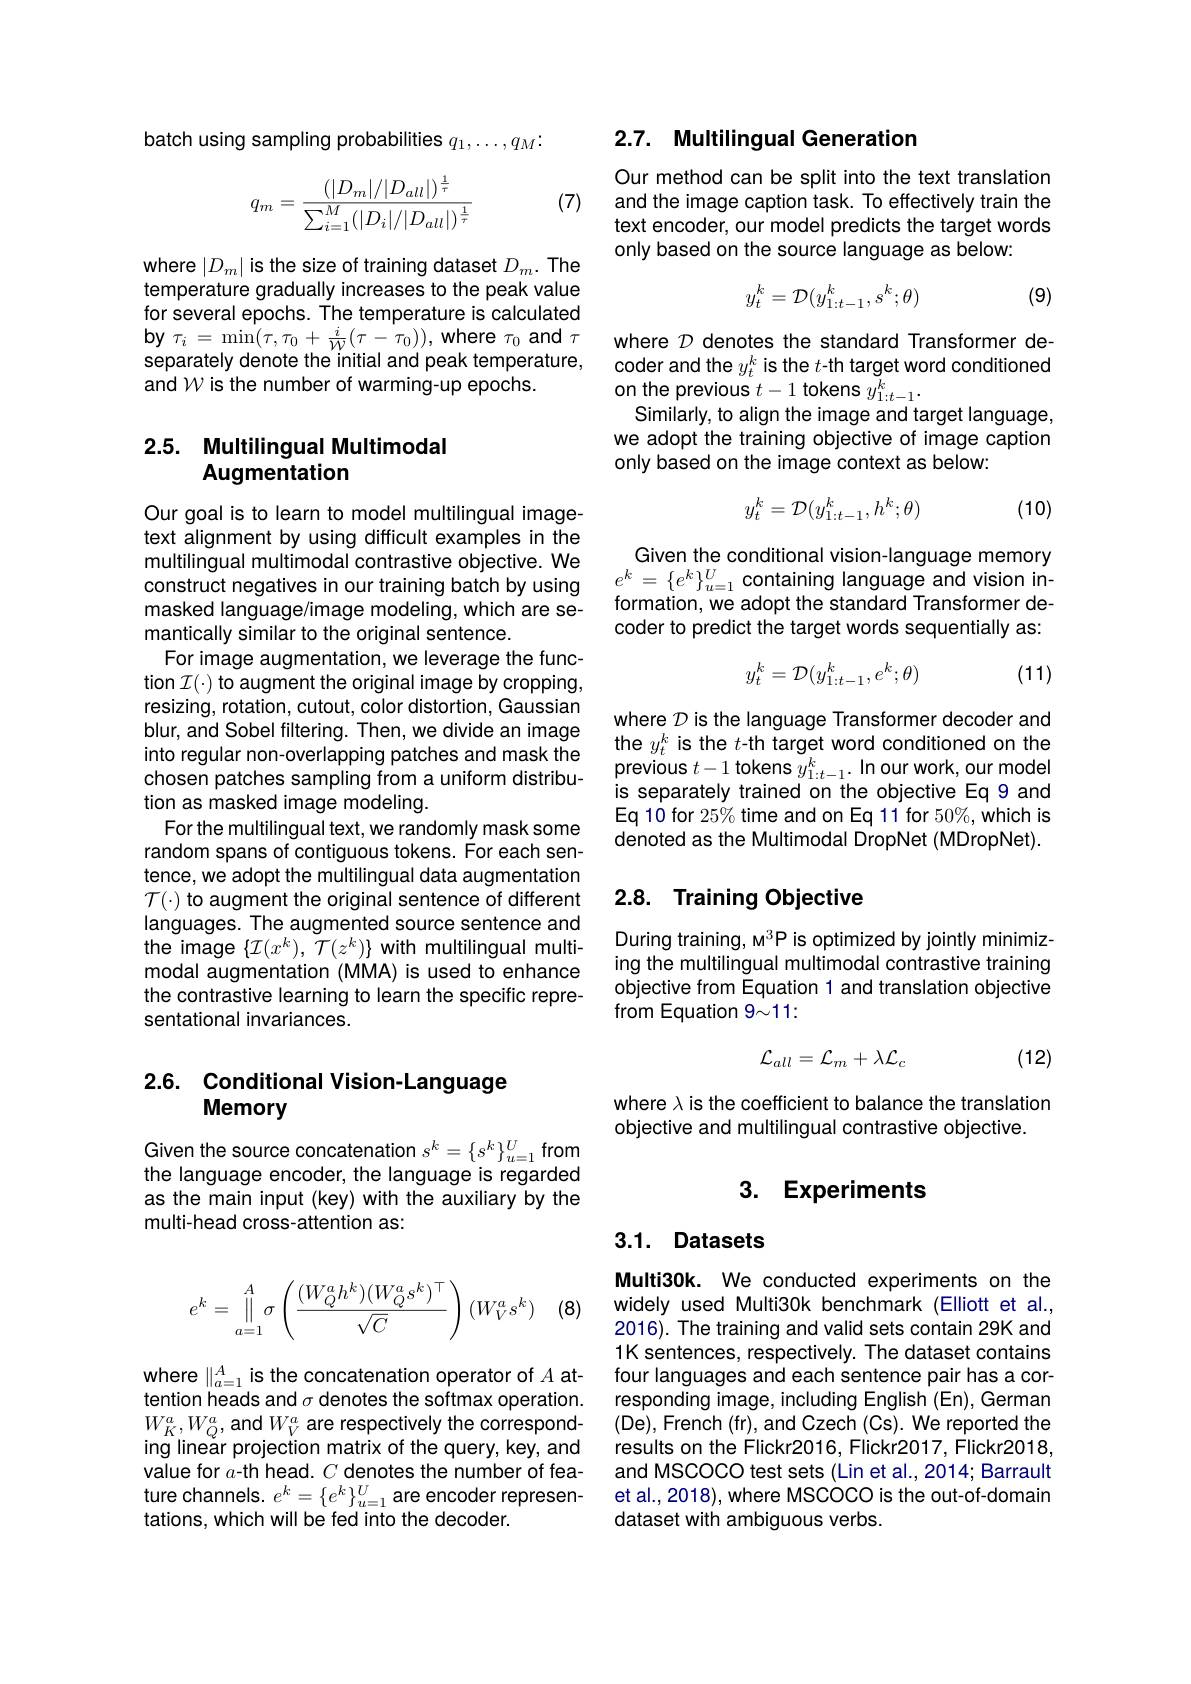
batch using sampling probabilities $q_1,\ldots,q_M:$

(7)
$$q_m=\frac{(|D_m|/|D_{all}|)^{\frac{1}{\tau}}}{\sum_{i=1}^M(|D_i|/|D_{all}|)^{\frac{1}{\tau}}}$$
where $|D_m|$ is the size of training dataset $D_m.$ The temperature gradually increases to the peak value for several epochs. The temperature is calculated $\mathbf{by}$ $\tau _{i}$ = $\min ( \tau , \tau _{0}$ + $\frac i{\mathcal{W} }( \tau$ - $\tau _{0}) ) $,where $\tau_{0}$and $\tau$ separately denote the initial and peak temperature, and $\mathcal{W}$ is the number of warming-up epochs.

## 2.5. Multilingual Multimodal Augmentation

Our goal is to learn to model multilingual imagetext alignment by using difficult examples in the multilingual multimodal contrastive objective. We construct negatives in our training batch by using masked language/image modeling, which are semantically similar to the original sentence.
For image augmentation, we leverage the function $\mathcal{I}(\cdot)$ to augment the original image by cropping, resizing, rotation, cutout, color distortion, Gaussian blur, and Sobel filtering. Then, we divide an image into regular non-overlapping patches and mask the chosen patches sampling from a uniform distribution as masked image modeling.
For the multilingual text, we randomly mask some random spans of contiguous tokens. For each sentence, we adopt the multilingual data augmentation $\mathcal{T}(\cdot)$ to augment the original sentence of different languages. The augmented source sentence and the image $\{\mathcal{I}(x^{k}),~\mathcal{T}(z^{k})\}$ with multilingual multimodal augmentation (MMA) is used to enhance the contrastive learning to learn the specific representational invariances.

### 2.6. Conditional Vision-Language Memory

Given the source concatenation $s^k=\{s^k\}_{u=1}^U$ from the language encoder, the language is regarded as the main input (key) with the auxiliary by the multi-head cross-attention as:

(8)
$$e^k=\prod\limits_{a=1}^A\sigma\left(\frac{(W_Q^ah^k)(W_Q^as^k)^\top}{\sqrt{C}}\right)(W_V^as^k)$$
where $\|_a=1^A$ is the concatenation operator of $A$ attention heads and $\sigma$ denotes the softmax operation. $W_{K}^{a},W_{Q}^{a}$,and$W_V^{a}$ are respectively the corresponding linear projection matrix of the query, key, and value for $a$-th head. $C$ denotes the number of feature channels. $e^k=\{e^k\}_{u=1}^U$ are encoder representations, which will be fed into the decoder.

## 2.7. Multilingual Generation

Our method can be split into the text translation and the image caption task. To effectively train the text encoder, our model predicts the target words only based on the source language as below:
$$y_t^k=\mathcal{D}(y_{1:t-1}^k,s^k;\theta)$$
(9)

where $\mathcal{D}$ denotes the standard Transformer decoder and the $y_t^k$ is the $t$-th target word conditioned on the previous $t-1$ tokens $y_1:t-1^k.$
Similarly, to align the image and target language, we adopt the training objective of image caption only based on the image context as below:
$$y_t^k=\mathcal{D}(y_{1:t-1}^k,h^k;\theta)$$
(10)

Given the conditional vision-language memory $e^k=\{e^k\}_{u=1}^U$ containing language and vision information, we adopt the standard Transformer decoder to predict the target words sequentially as:
$$y_t^k=\mathcal{D}(y_{1:t-1}^k,e^k;\theta)$$
(11)

where $\mathcal{D}$ is the language Transformer decoder and $\begin{array}{l}{\mathrm{the~}y_{t}^{k}\text{ is the }t\text{-th target word conditioned on the}}\\{\mathrm{previous~}t-1\text{ tokens }y_{1:t-1}^{k}.\text{ In our work, our model}}\\{\mathrm{previous~}t-1\text{ tokens }y_{1:t-1}^{k}.\text{ In our work, our model}}\end{array}$ is separately trained on the objective Eq 9 and Eq 10 for 25% time and on Eq 11 for 50%, which is denoted as the Multimodal DropNet (MDropNet).

## 2.8. Training Objective

During training, M$^3$P is optimized by jointly minimizing the multilingual multimodal contrastive training objective from Equation 1 and translation objective from Equation 9~11:

(12)
$$\mathcal{L}_{all}=\mathcal{L}_{m}+\lambda\mathcal{L}_{c}$$
where $\lambda$ is the coefficient to balance the translation
objective and multilingual contrastive objective.

# 3. Experiments

## 3.1. Datasets

Multi30k. We conducted experiments on the widely used Multi30k benchmark (Elliott et al., 2016). The training and valid sets contain 29K and 1K sentences, respectively. The dataset contains four languages and each sentence pair has a corresponding image, including English (En), German (De),French (fr), and Czech (Cs). We reported the results on the Flickr2016, Flickr2017, Flickr2018, and MSCOCO test sets (Lin et al., 2014; Barrault et al., 2018), where MSCOCO is the out-of-domain dataset with ambiguous verbs.